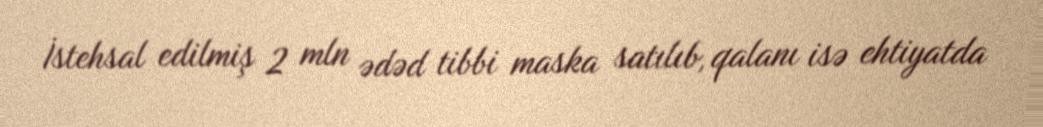
İstehsal edilmiş 2 mln ədəd tibbi maska satılıb, qalanı isə ehtiyatda